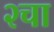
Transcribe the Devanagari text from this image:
२चा